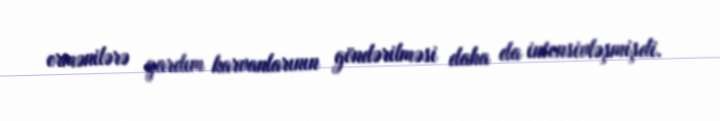
ermənilərə yardım karvanlarının göndərilməsi daha da intensivləşmişdi.